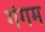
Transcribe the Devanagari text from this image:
गंगम